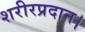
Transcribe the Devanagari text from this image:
शरीरप्रदान।